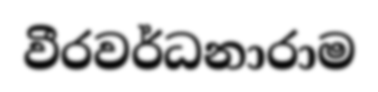
වීරවර්ධනාරාම